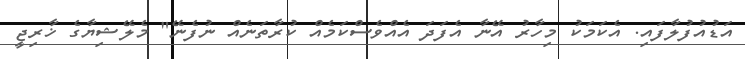
އަޑުއުފުލާފައި. އެކަމަކު މިހާރު އޭނާ އެފަދަ އެއްވެސްކަމެއް ކުރާތަނެއް ނުފެނޭ" މެލޭޝިޔާގެ ޚާރިޖީ